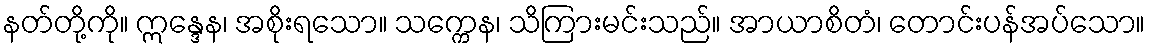
နတ်တို့ကို။ ဣန္ဒေန၊ အစိုးရသော။ သက္ကေန၊ သိကြားမင်းသည်။ အာယာစိတံ၊ တောင်းပန်အပ်သော။